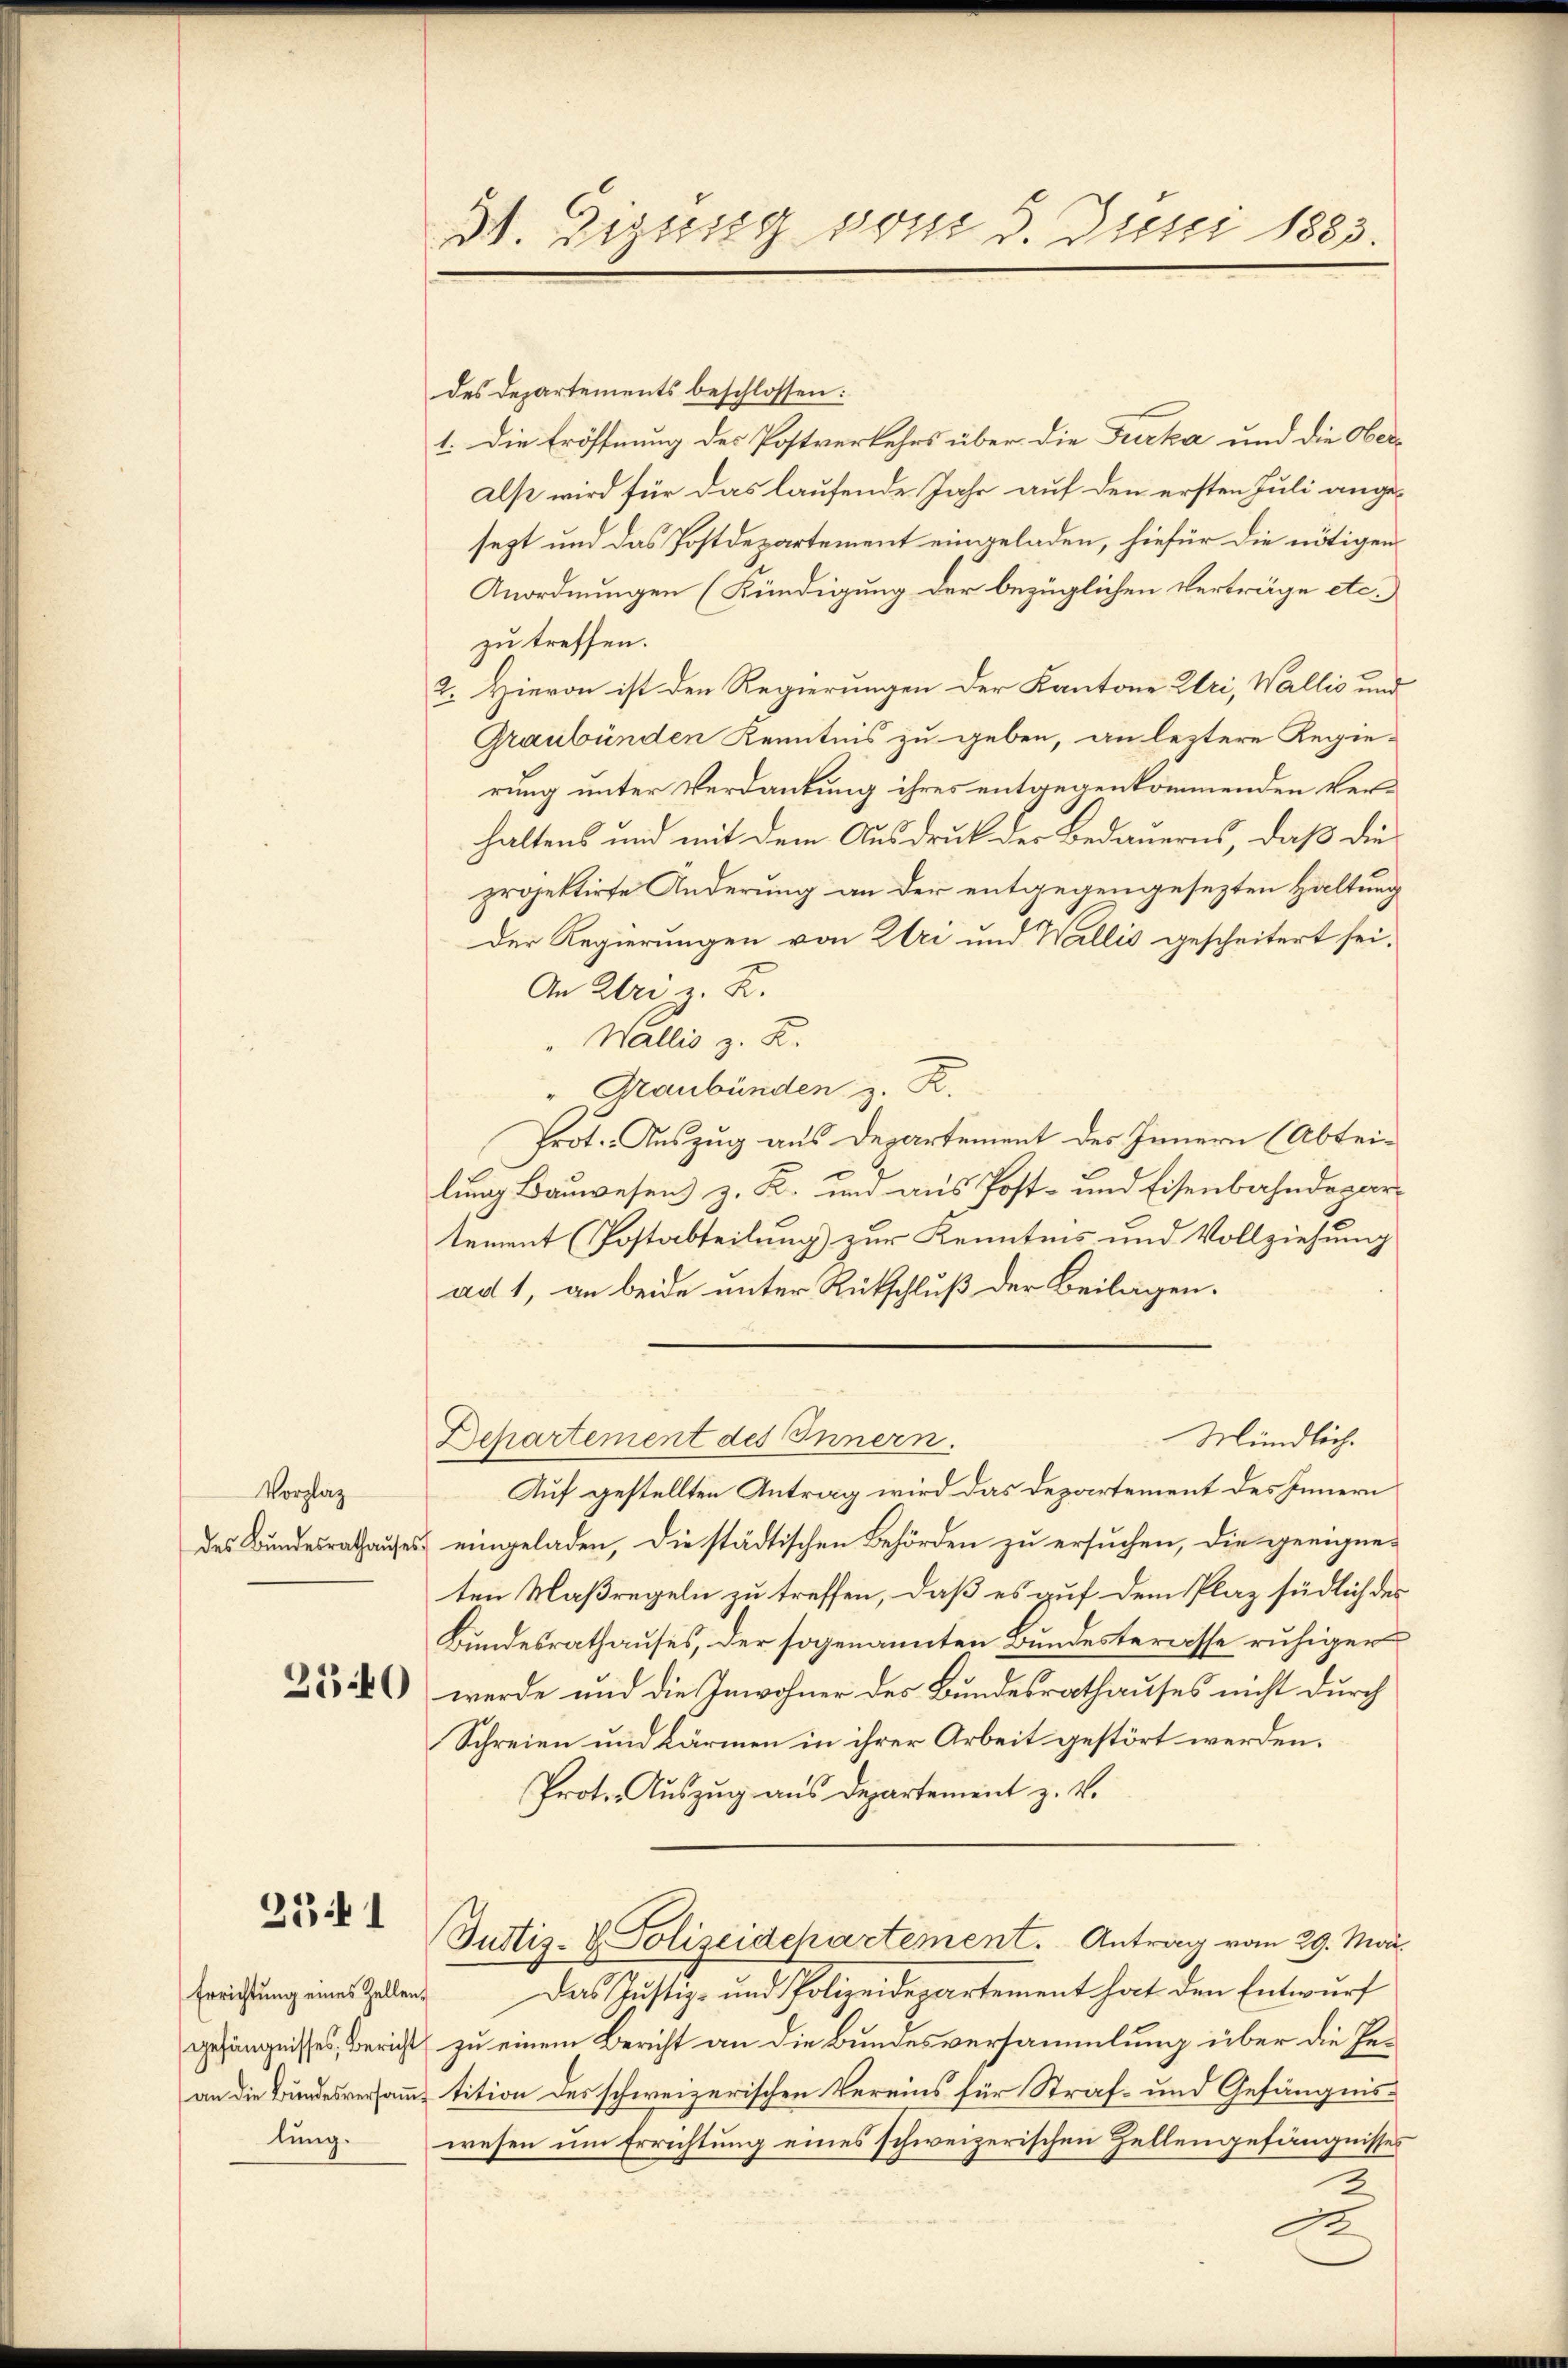
Vorplaz

231

Errichtung eines Zellen,
lung.

des Departements beschlossen:
1. Die Eröffnung des Postverkehrs über die Furka und die Ober¬
Als wird für das laufende Jahr auf den ersten Juli angesezt und das Postdepartement eingeladen, hiefür die nötigen
Anordnungen (Kündigung der bezüglichen Verträge etc.)
zu treffen.
2. Hievon ist den Regierungen der Kantone Uri, Wallis und
Graubünden Kenntnis zu geben, an leztere Regierung unter Verdankung ihres entgegenkommenden Verhaltens und mit dem Ausdruck der Bedauerns, daß die
projektirte Änderung an der entgegengesezten Haltung
Der Regierungen von Uri und Wallis gescheitert sei.
An Ztri z. B.
Wallis z. Z.
" Graubünden z. R.
Prot. Auszug aus Departement des Innern (Abteilung Bauwesen z. K. und aus Post- und Eisenbahndepartement (Postabteilung zur Kenntnis und Vollziehung
ad 1, an beide unter Rütschluß der Beilagen.
Mündlich.
Departement des Innern.
Auf gestellten Antrag wird das Departement des Innern
des Bundesrathauses eingeladen, die städtischen Behörden zu ersuchen, die geeigne-
ten Maßregeln zu treffen, daß es auf dem Plaz südlich des
Bundesrathauses, der sogenannten Bundesterasse ruhiger
252) werde und die Inwohner des Bundesrathauses nicht durch
Schreien und Lärmen in ihrer Arbeit gestört werden.
Proto- Auszug aus Departement z. v.
Justiz- & Polizeidepartement. Antrag vom 29. Mai
Das Justiz- und Polizeidepartement hat den Entwurf
gehängnisses, Bericht zu einem Bericht an die Bundesversammlung über die Gean die Bundesversamme tition des schweizerischen Vereins für Straf- und Gefängniswesen um Errichtung eines schweizerischen Zellengefängnisses
2
A

M. Zizung vom 3. Juni 1883.